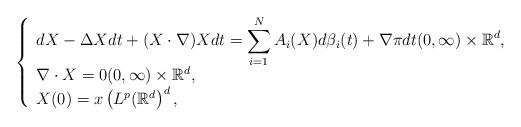
LaTeX: \begin{align*}\left\{ \begin{array}{l}\displaystyle dX-\Delta Xdt+(X\cdot\nabla)Xdt=\sum_{i=1}^N A_i(X) d\beta_i(t)+\nabla\pi dt (0,\infty)\times \mathbb{R}^d,\\\nabla\cdot X =0 (0,\infty)\times \mathbb{R}^d,\\X(0)=x \left(L^p(\mathbb{R}^d\right)^d,\end{array} \right.\ \end{align*}